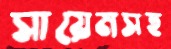
সায়েমসহ